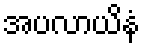
အပလာယိနံ